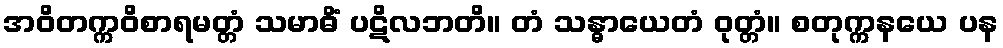
အဝိတက္ကဝိစာရမတ္တံ သမာဓိံ ပဋိလဘတိ။ တံ သန္ဓာယေတံ ဝုတ္တံ။ စတုက္ကနယေ ပန